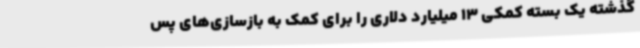
گذشته یک بسته کمکی 13 میلیارد دلاری را برای کمک به بازسازی‌های پس